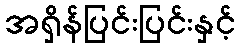
အရှိန်ပြင်းပြင်းနှင့်